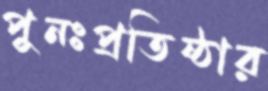
পুনঃপ্রতিষ্ঠার